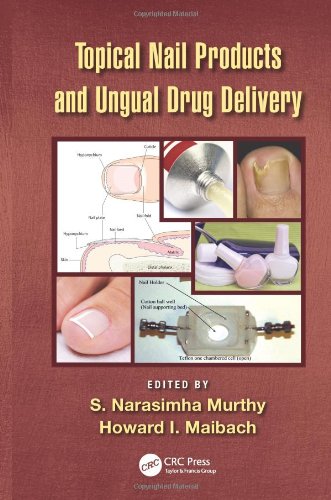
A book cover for Topical Nail Products and Ungual Drug Delivery; Medical Books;